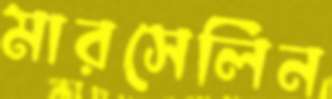
মারসেলিন